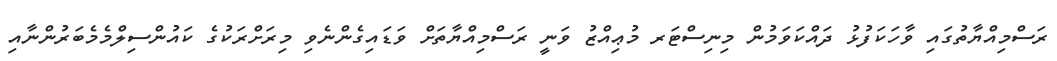
ރަސްމިއްޔާތުގައި ވާހަކަފުޅު ދައްކަވަމުން މިނިސްޓަރ މުޢިއްޒު ވަނީ ރަސްމިއްޔާތަށް ވަޑައިގެންނެވި މިރަށްރަކުގެ ކައުންސިލްމެމެބަރުންނާއި